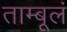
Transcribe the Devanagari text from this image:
ताम्बूलं